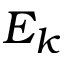
E _ { k }